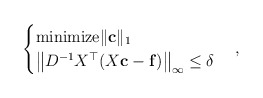
\begin{align*}\begin{cases} \mathrm{minimize} \|{\bf c}\|_1 \\ \left\| D^{-1} X^\top (X{\bf c} - {\bf f}) \right\|_{\infty} \leq \delta\end{cases},\end{align*}